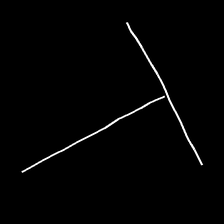
Glyph: column